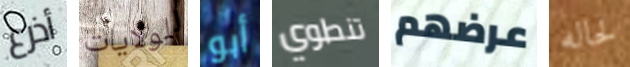
أذرع للولايات أبو تنطوي عرضهم لحاله